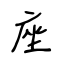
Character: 座